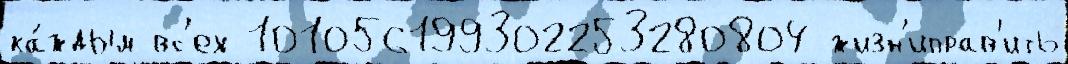
ка́ждым вс'ех 101056199302253280804 жизн'иправ'ить